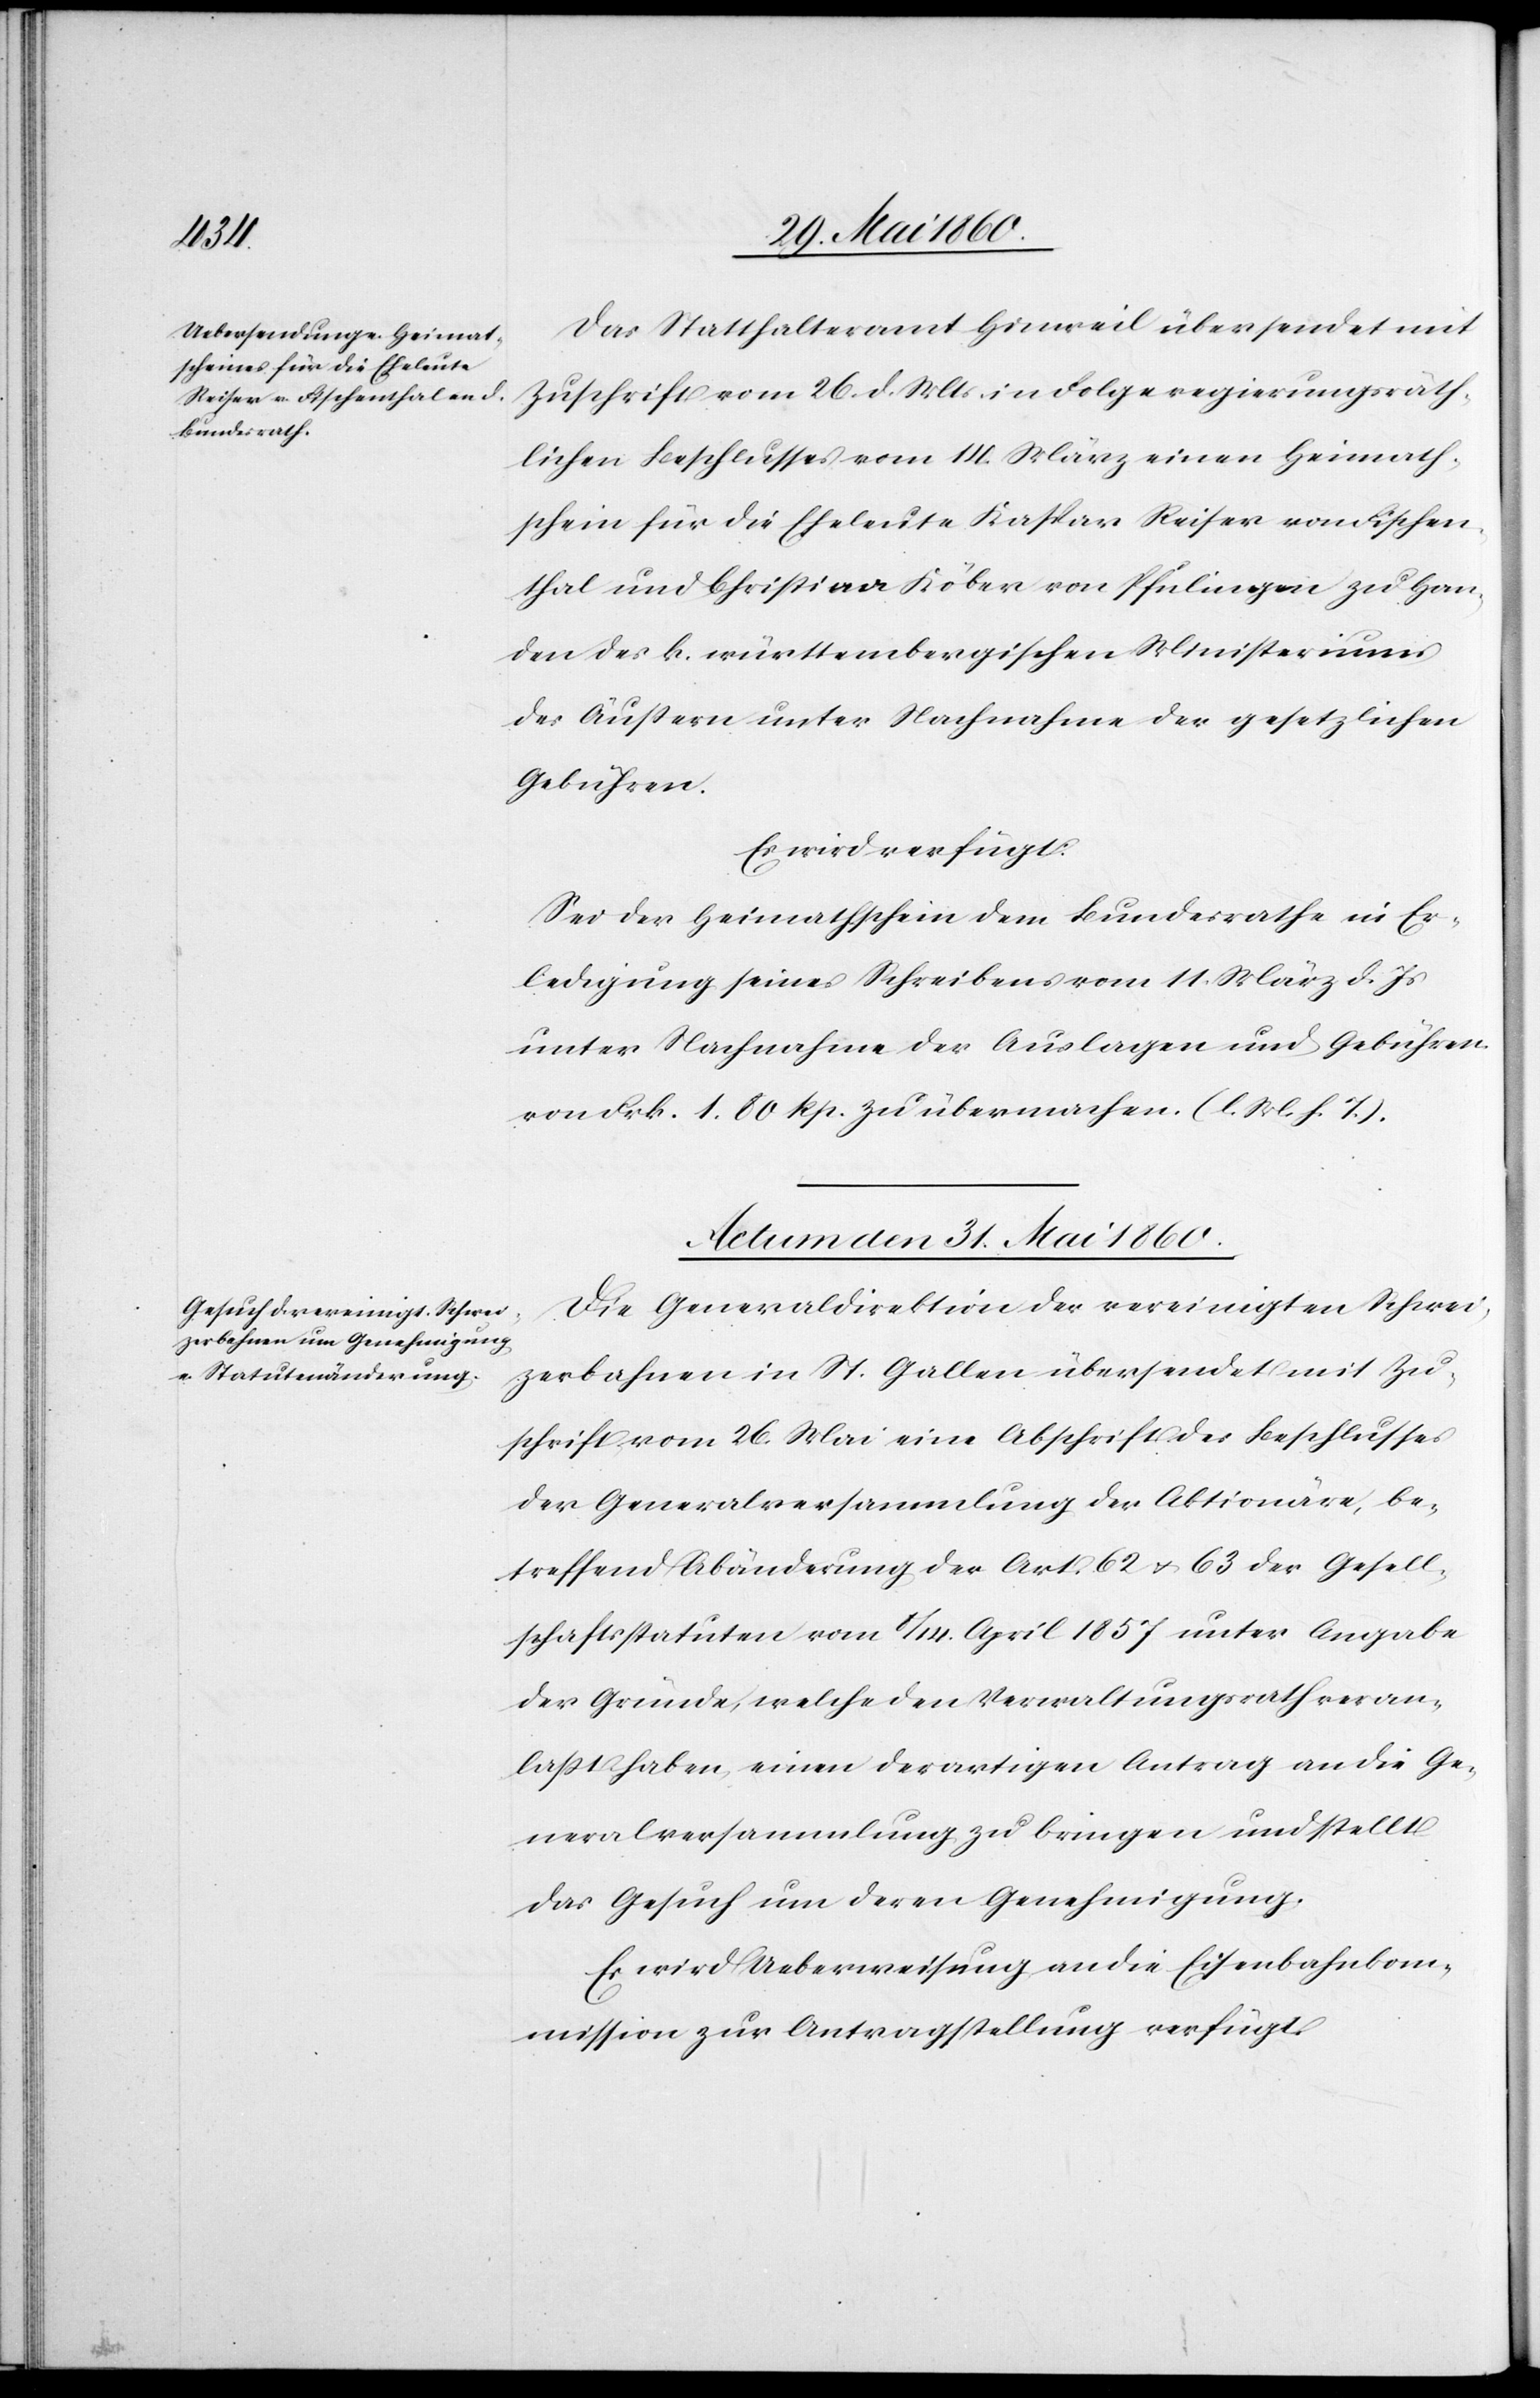
Das Statthalteramt Hinweil übersendet mit
Zuschrift vom 26. d. Mts. in Folge regierungräth¬
lichen Beschlusses vom 14. März einen Heimat¬
schein für die Eheleute Kaspar Reiser vom Fischen¬
thal und Christiaa [sic!] Köber von Pfulingen zu Han¬
den des k. württembergischen Ministeriums
des Äussern unter Nachnahme der gesetzlichen
Gebühren.
Es wird verfügt:
Sei der Heimatschein dem Bundesrath in Er¬
ledigung seines Schreibens vom 11. März d. Js.
unter Nachnahme der Auslagen und Gebühren
von Frk. 1. 80 Rp. zu übermachen. (l. M. h. T)
Actum den 31. Mai 1860.
Die Generaldirektion der vereinigten Schwei¬
zerbahnen in St. Gallen übersendet mit Zu¬
schrift vom 26. Mai eine Abschrift des Beschlusses
der Generalversammlung der Aktionäre, be¬
treffend Abänderung der Art. 62 u. 63 der Gesell¬
schaftsstatuten vom 8/14. April 1857 unter Angabe
der Gründe, welche den Verwaltungsrath veran¬
lasst haben, einen derartigen Antrag an die Ge¬
neralsversammlung zu bringen und stellt
das Gesuch um deren Genehmigung.
Es wird Ueberweisung an die Eisenbahnkom¬
mission zur Antragstellung verfügt.